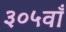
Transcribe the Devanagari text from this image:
३०५वाँ